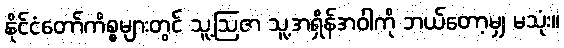
နိုင်ငံတော်ကိစ္စများတွင် သူ့ဩဇာ သူ့အရှိန်အဝါကို ဘယ်တော့မျှ မသုံး။